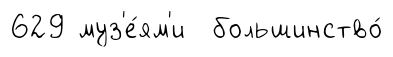
629 муз'е́ям'и большинство́